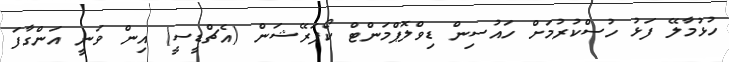
ހުޅުމާލޭ ފަޅު ހުސްކުރުމަށް ހައުސިން ޑިވްލޮޕްމަންޓް ކޯޕަރޭޝަން (އެޗްޑީސީ) އިން ވަނީ އަންގާފަ